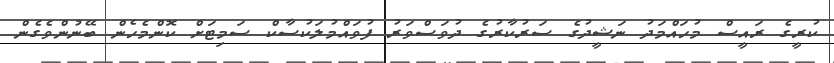
ކުރީގެ ރައީސް މުހައްމަދު ނަޝީދުގެ ސަރުކާރުގެ ދުވަސްވަރު ފުވައްމުލަކުސާކް ސަމިޓަށް ކޮންމެހެން ބޭނުންވެގެން